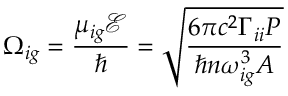
\Omega _ { i g } = \frac { \mu _ { i g } \mathcal { E } } { \hbar } = \sqrt { \frac { 6 \pi c ^ { 2 } \Gamma _ { i i } P } { \hbar n \omega _ { i g } ^ { 3 } A } }